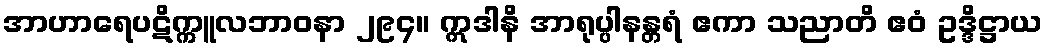
အာဟာရေပဋိက္ကူလဘာဝနာ ၂၉၄။ ဣဒါနိ အာရုပ္ပါနန္တရံ ဧကာ သညာတိ ဧဝံ ဥဒ္ဒိဋ္ဌာယ